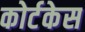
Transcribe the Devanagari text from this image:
कोर्टकेस